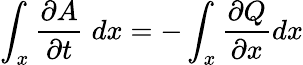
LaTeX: \int_{x}{\frac{\partial A}{\partial t}}\; dx=-\int_{x}{\frac{\partial Q}{\partial x}}dx